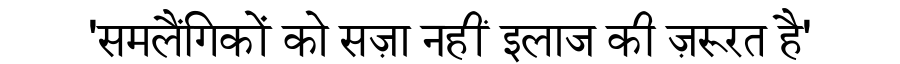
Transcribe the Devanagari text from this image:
'समलैंगिकों को सज़ा नहीं इलाज की ज़रूरत है'